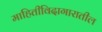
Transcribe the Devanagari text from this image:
माहितीविदागारातील